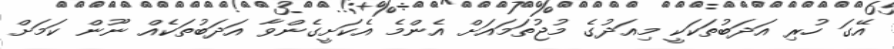
އޭގަ ހުރި އަދަބުތަކަކީ މިއަދުގެ މުޖުތަމައަށް އެންމެ އެކަށީގެންވާ އަދަބުތަކެއް ނޫން ކަމަށް